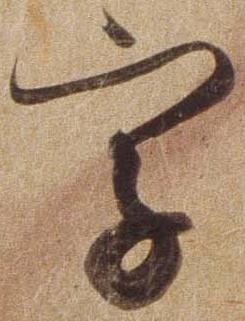
字